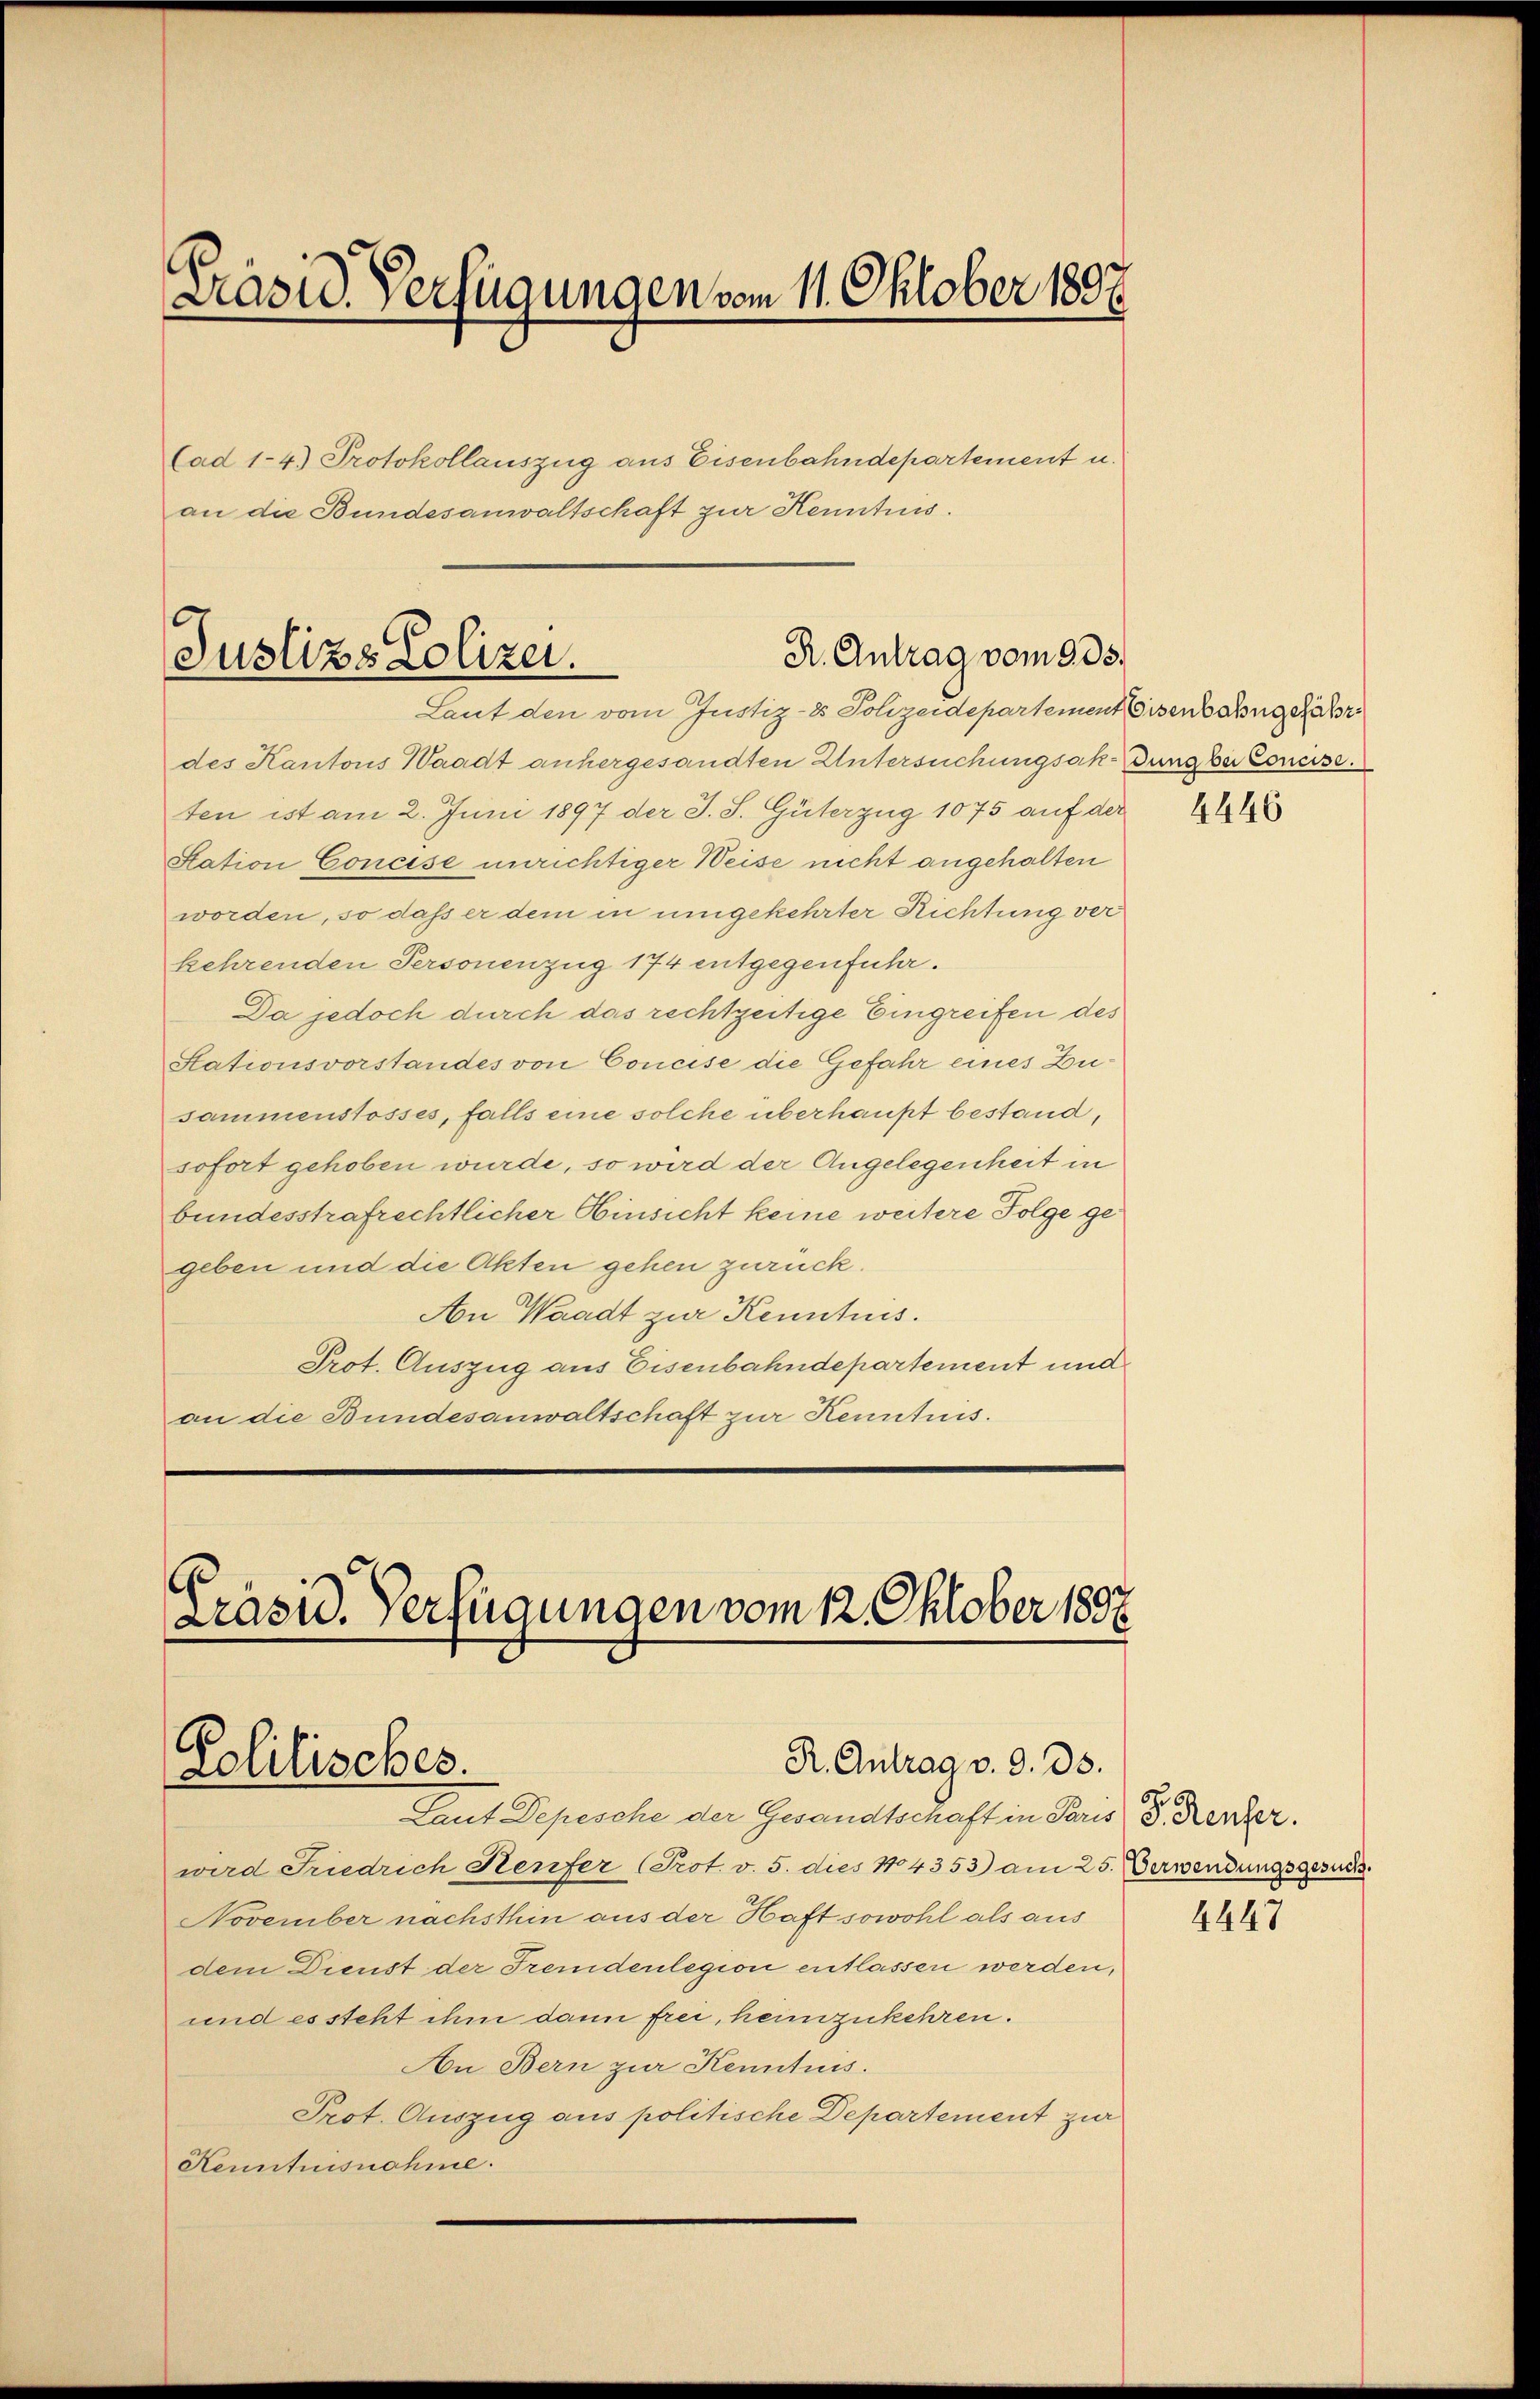
Prasid. Verfügungen vom 11. Oktober 1807.

Cad 1-4.) Protokollauszug aus Eisenbahndepartement u.
an die Bundesanwaltschaft zur Kenntnis.

R. Antrag vom 905.
Juslizz Polizei.
Laut den vom Justiz- & Polizeidepartement Eisenbahngeah

Präsid. Verfügungen vom 12. Oktober 1807.
R. Antrag v. 9. ds.
Lolitisches.

des Kantons Waadt anhergesandten Untersuchungsakung bei Concise.
ten ist am 2. Juni 1897 der J. S. Güterzug 1075 auf der
Station Concise unrichtiger Weise nicht angehalten
worden, so daß er dem in umgekehrter Richtung ver
kehrenden Personenzug 174 entgegenfuhr.
Da jedoch durch das rechtzeitige Eingreifen des
Stationsvorstandes von Concise die Gefahr eines Zusammenstosses, falls eine solche überhaupt bestand,
sofort gehoben wurde, so wird der Angelegenheit in
bundesstrafrechtlicher Hinsicht keine weitere Folge gegeben und die Akten gehen zurück.
An Waadt zur Kenntnis.
Prot. Auszug aus Eisenbahndepartement und
an die Bundesanwaltschaft zur Kenntnis.

Laut Depesche der Gesandtschaft in Paris d. Kenzer.
wird Friedrich Heufer (Prot. v. 5. dies 104353) am 25. Verwendungsgesuch.
November nachsthin aus der Haft sowohl als aus
dem Dienst der Fremdenlegion entlassen werden,
und es steht ihm dann frei, heimzukehren.
An Bern zur Kenntnis.
Prot. Auszug aus politische Departement zur
Kenntnisnahme.

4446

4447